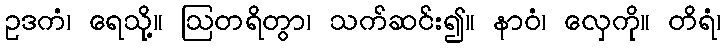
ဥဒကံ၊ ရေသို့။ ဩတရိတွာ၊ သက်ဆင်း၍။ နာဝံ၊ လှေကို။ တိရံ၊